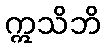
ဣသိဘိ